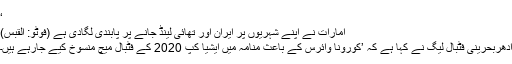
‘
امارات نے اپنے شہریوں پر ایران اور تھائی لینڈ جانے پر پابندی لگادی ہے (فوٹو: القبس)
ادھربحرینی فٹبال لیگ نے کہا ہے کہ ’کورونا وائرس کے باعث منامہ میں ایشیا کپ 2020 کے فٹبال میچ منسوخ کیے جارہے ہیں۔